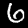
Label: 6